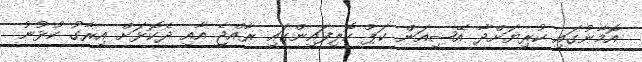
އޮމާނުގައި ކުރިޔަށްދާ އޭޝިއަން ކަޕް ކޮލިފައިންގައި ރާއްޖެ އާއި ދެކޮޅަށް އިރާގު ކުޅުނު